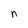
Character: n